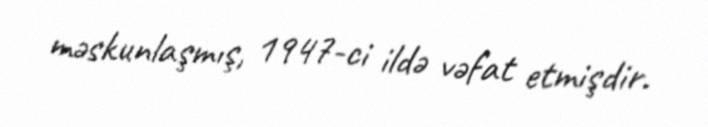
məskunlaşmış, 1947-ci ildə vəfat etmişdir.